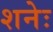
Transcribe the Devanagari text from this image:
शनेः